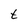
Character: t